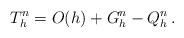
LaTeX: \begin{align*}T_h^n=O(h)+ G_h^{n}-Q^n_h\,.\end{align*}